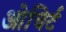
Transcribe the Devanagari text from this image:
ओचिर्ट